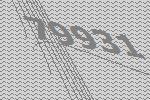
79931